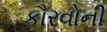
કૌરવોની